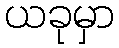
ယခုမှာ